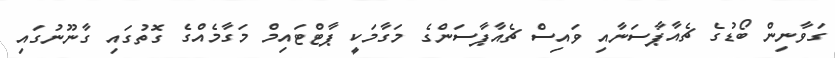
ގަވާނިން ބޯޑުގެ ޗެއާޕާސަނާއި ވައިސް ޗެއާޕާސަންގެ މަގާމަކީ ޕާޓްޓައިމް މަގާމެއްގެ ގޮތުގައި ގާނޫނުގައި